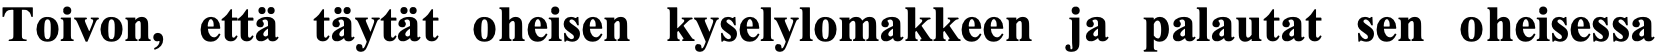
Toivon, että täytät oheisen kyselylomakkeen ja palautat sen oheisessa